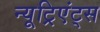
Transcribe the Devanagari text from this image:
न्यूट्रिएंट्स